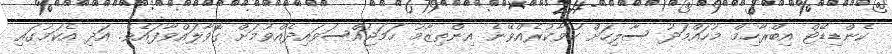
ކެންޑިޑޭޓް އިބްރާހިމް މުހައްމަދު ސާލިހަށް ހުވާކުރެއްވޭނެ އިންތިޒާމު ހަމަޖައްސަވައިދެއްވުމަށް ގޮވާލައްވާފައެވެ. އަދި އެކަމުގައި